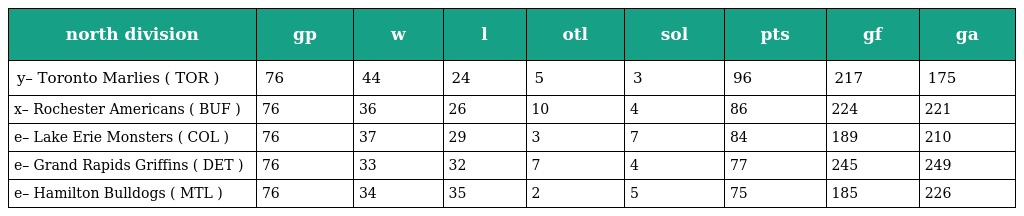
| north division | gp | w | l | otl | sol | pts | gf | ga |
 | --- | --- | --- | --- | --- | --- | --- | --- | --- |
 | y– Toronto Marlies ( TOR ) | 76 | 44 | 24 | 5 | 3 | 96 | 217 | 175 |
 | x– Rochester Americans ( BUF ) | 76 | 36 | 26 | 10 | 4 | 86 | 224 | 221 |
 | e– Lake Erie Monsters ( COL ) | 76 | 37 | 29 | 3 | 7 | 84 | 189 | 210 |
 | e– Grand Rapids Griffins ( DET ) | 76 | 33 | 32 | 7 | 4 | 77 | 245 | 249 |
 | e– Hamilton Bulldogs ( MTL ) | 76 | 34 | 35 | 2 | 5 | 75 | 185 | 226 |